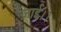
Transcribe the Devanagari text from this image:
जाई।।